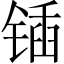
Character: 锸